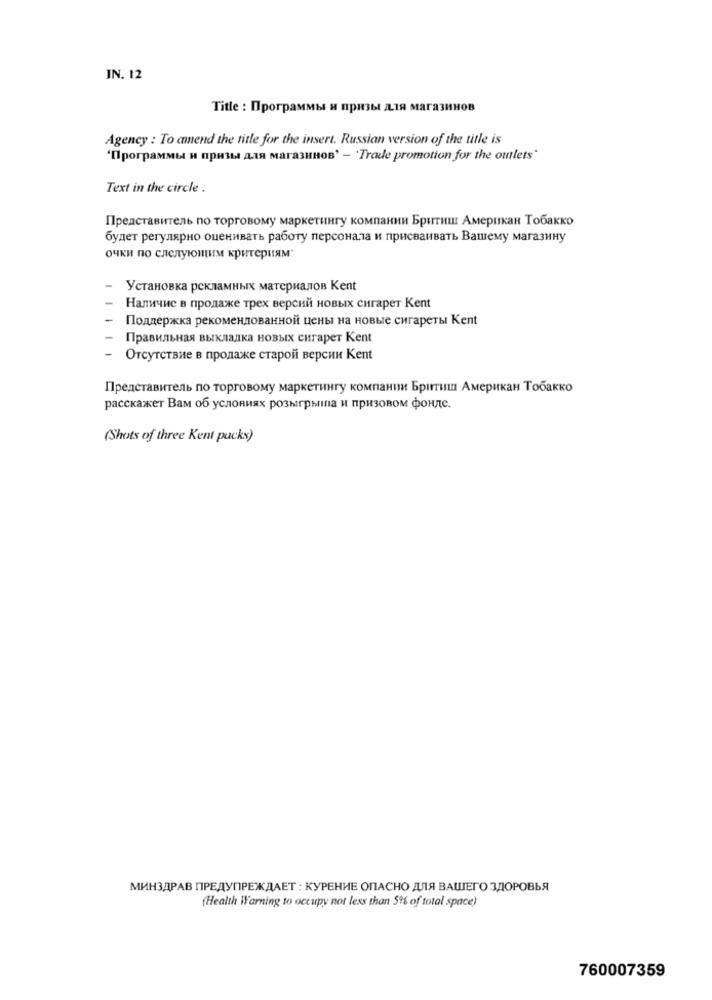
IN. 12
Title : Программы и призы для магазинов
Agency : To amend the title for the insert. Russian version of the title is
'[porpaMMbI H nPHILI AIR Mara3HHOB' - 'Trade promotion for the oulets"
Text in the circle :
Представитель по торговому маркетингу компании Бритиш Американ Тобакко
будет регулярно оценивать работу персонала и присваивать Вашему магазину
очки по следующим критериям:
Установка рекламных материалов Kent
Наличие в продаже трех версий новых сигарет Kent
Поддержка рекомендованной цены на новые сигареты Kent
Правильная выкладка новых сигарет Kent
Отсутствие в продаже старой версии Kent
Представитель по торговому маркетингу компании Бритиш Американ Тобакко
расскажет Вам об условиях розыгрыша и призовом фонде.
(Shots of three Kent packs)
МИНЗДРАВ ПРЕДУПРЕЖДАЕТ : КУРЕНИЕ ОПАСНО ДЛЯ ВАШЕГО ЗДОРОВЬЯ
(Health Warning to occupy not less than 5% of total space)
760007359